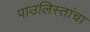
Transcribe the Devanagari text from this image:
पाउलिस्तांचा